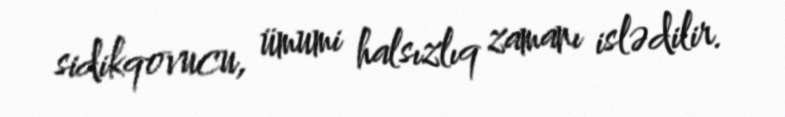
sidikqovucu, ümumi halsızlıq zamanı islədilir.